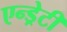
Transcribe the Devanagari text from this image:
एन्ड्रेटी